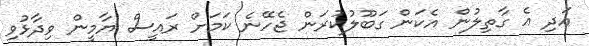
އަދި އެ ގާތިލުން އެކަން ގަބޫލުކުރަން ޖެހޭނެ ކަމަށް ރައީސް ޔާމީން ވިދާޅުވި